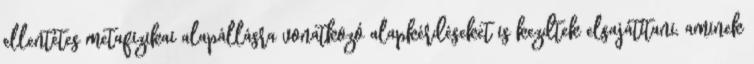
ellentétes metafizikai alapállásra vonatkozó alapkérdéseket is kezdtek elsajátítani, aminek